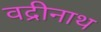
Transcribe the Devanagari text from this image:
वद्रीनाथ